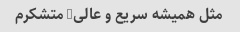
مثل همیشه سریع و عالی/ متشکرم